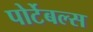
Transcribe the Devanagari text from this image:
पोर्टेबल्स